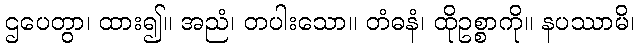
ဌပေတွာ၊ ထား၍။ အညံ၊ တပါးသော။ တံဓနံ၊ ထိုဥစ္စာကို။ နပဿာမိ၊